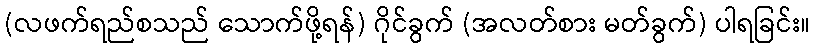
(လဖက်ရည်စသည် သောက်ဖို့ရန်) ဂိုင်ခွက် (အလတ်စား မတ်ခွက်) ပါရခြင်း။